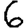
Digit: 6